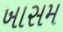
ખાસમ